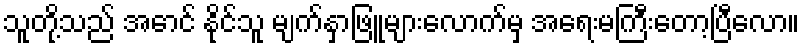
သူတို့သည် အောင် နိုင်သူ မျက်နှာဖြူများလောက်မှ အရေးမကြီးတော့ပြီလော။